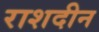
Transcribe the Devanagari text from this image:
राशदीन